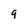
Character: 9